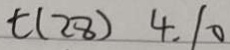
t ( 2 8 ) 4 . 1 0